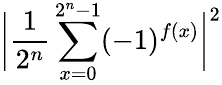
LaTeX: {\bigg|}{\frac{1}{2^{n}}}\sum_{x=0}^{2^{n}-1}(-1)^{f(x)}{\bigg|}^{2}